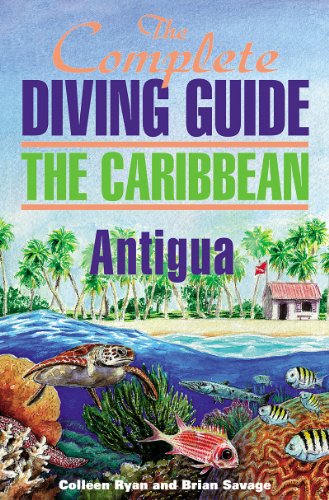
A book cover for The Complete Diving Guide to Antigua (Complete Diving Guides Book 1); Colleen Ryan; Travel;